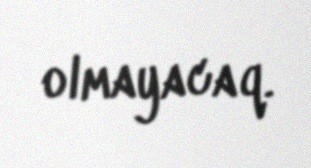
olmayacaq.